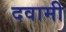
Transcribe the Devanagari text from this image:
दवामी